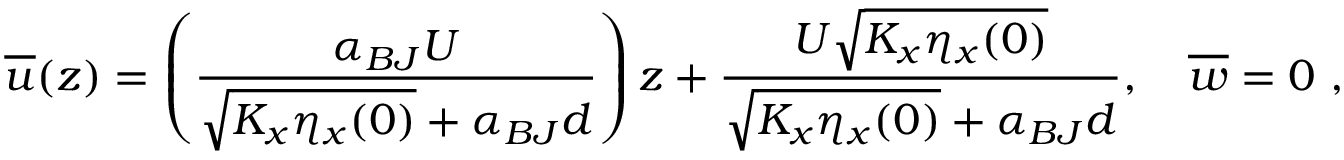
\overline { { u } } ( z ) = \left( \frac { \alpha _ { B J } U } { \sqrt { K _ { x } \eta _ { x } ( 0 ) } + \alpha _ { B J } d } \right) z + \frac { U \sqrt { K _ { x } \eta _ { x } ( 0 ) } } { \sqrt { K _ { x } \eta _ { x } ( 0 ) } + \alpha _ { B J } d } , \quad \overline { { w } } = 0 ~ ,